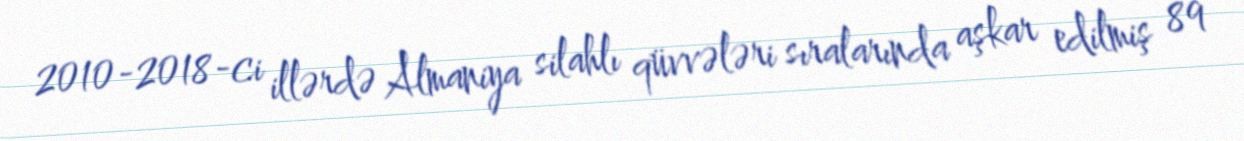
2010-2018-ci illərdə Almaniya silahlı qüvvələri sıralarında aşkar edilmiş 89